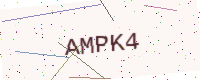
Text: AMPK4